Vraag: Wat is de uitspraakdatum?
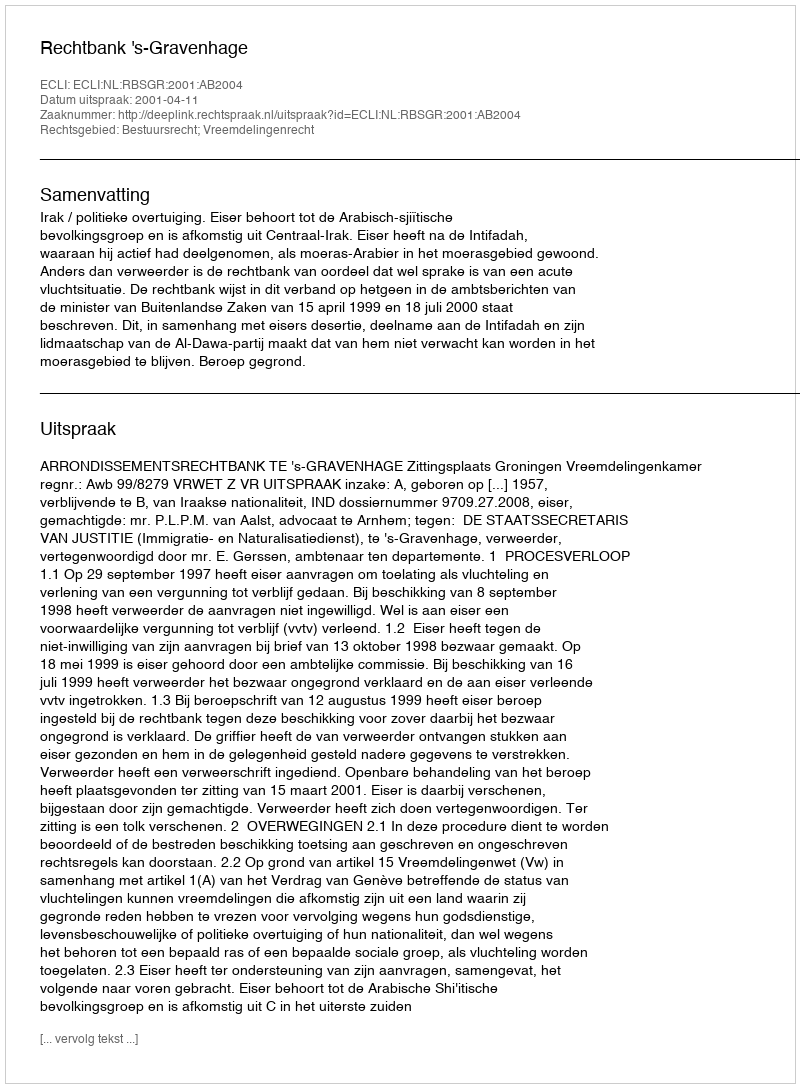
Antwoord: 2001-04-11